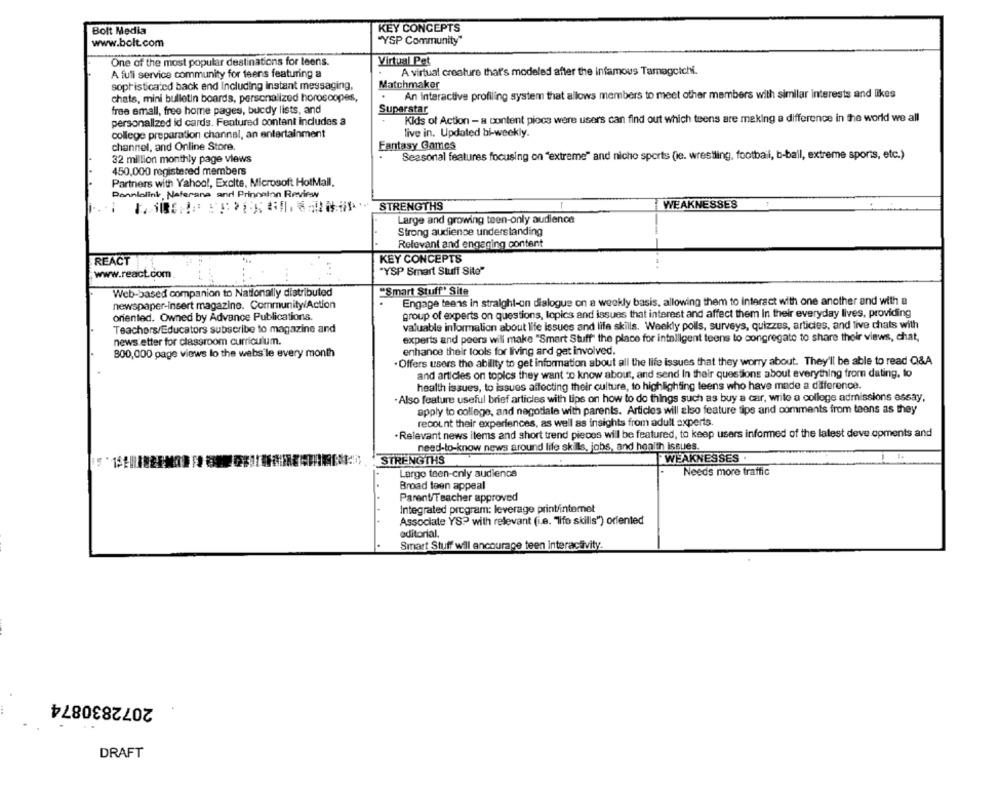
Bolt Media
KEY CONCEPTS
"YSP Community"
www.bolt.com
One of the most popular destinations for leens.
Virtual Pet
A virtual creature that's modeled after the Infamous Tamagotchi.
A full service community for teens featuring a
sophisticated back end Including instant messaging,
Matchmaker
An Interactive profiling system that allows members to meet other members with similar interests and likes
chats, mini bulletin boards, personalized horoscopes,
free emall, free home pages, bucdy lists, and
Superstar
Kids of Action - a content piocs were users can find out which teens are making a difference in the world we all
personalized id cards. Featured content includes a
college preparation channel, an entertainment
live in. Updated bi-weekly.
channel, and Online Store.
Fantasy Games
32 million monthly page views
Seasonal features focusing on "extreme" and nicho sports (le. wrestling, football, b-bail, extreme sports, etc.)
450,000 registered members
Partners with Yahoo !, Excite, Microsoft HotMail.
Dannlolink Naferana anri Princeton Review
STRENGTHS
WEAKNESSES
Large and growing teen-only audience
Strong audience understanding
Relevant and engaging content
REACT
KEY CONCEPTS
www.react.com
"YSP Smart Stuff Site"
Web-based companion to Nationally distributed
"Smart Stuff" Site
Engage teens in straight-on dialogue on a weekly basis, allowing them to Interact with one another and with a
newspaper-insert magazine. Community/Action
oriented. Owned by Advance Publications.
group of experts on questions, lopics and issues that interest and affect them In their everyday lives, providing
valuable information about life Issues and life skills. Weekly polls, surveys, quizzes, articles, and live chats with
Teachers/Educators subscribe to magazine and
news.etter for classroom curriculum.
experts and peers will make "Smart Stuff" the place for intelligent teens to congregate to share their views, chat,
800,000 page views lo the webs le every month
enhance their tools for living and get involved.
. Offers users the ability to get information about all the life issues that they worry about. They'll be able to read Q&A
and articles on topics they want to know about, and send In their questions about everything from dating, to
health issues, to issues affecting their culture, to highlighting teens who have made a difference.
·Also feature useful brief articles with tips on how to do things such as buy a car, write a college admissions essay,
apply to college, and negotiate with parents. Articles will also feature tips and comments from teens as they
recount their experiences, as well as insights from adult experts.
· Relevant news items and short trend pieces will be featured, to keep users informed of the latest deve opments and
need-to-know news around life skills, jobs, and health issues.
WEAKNESSES .
1.
$1:0 8 ://///[)STRENGTHS
Largo teen-cnly audience
Needs more traffic
Broad teen appeal
Parent/Teacher approved
Integrated program: leverage print/internet
Associate YS? with relevant (i.e. "Tifo skills") orfented
editorial.
Smart Stuff will encourage teen interactivity.
2072830874
DRAFT